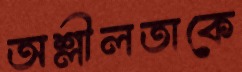
অশ্লীলতাকে